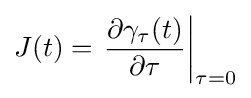
J(t)=\left.{\frac {\partial \gamma _{\tau }(t)}{\partial \tau }}\right|_{\tau =0}